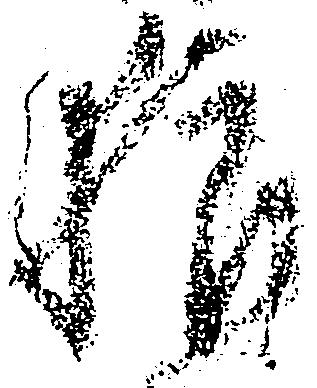
狼